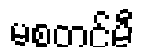
မစတင်မီ